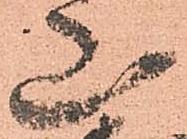
山